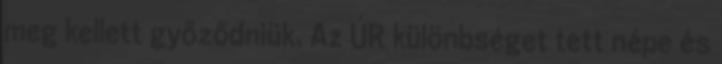
meg kellett győződniük. Az ÚR különbséget tett népe és